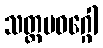
သတ္တမဝဂ္ဂေါ